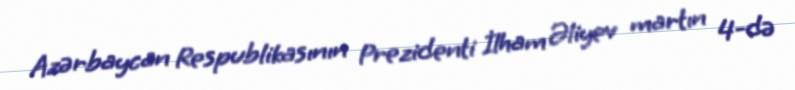
Azərbaycan Respublikasının Prezidenti İlham Əliyev martın 4-də